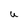
Character: U